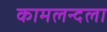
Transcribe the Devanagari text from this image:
कामलन्दला